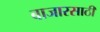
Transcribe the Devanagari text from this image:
बाजारसाठी